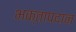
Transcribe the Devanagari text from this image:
भक्तापदान